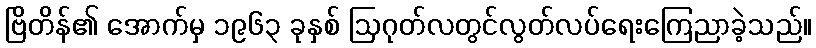
ဗြိတိန်၏ အောက်မှ ၁၉၆၃ ခုနှစ် ဩဂုတ်လတွင်လွတ်လပ်ရေးကြေညာခဲ့သည်။